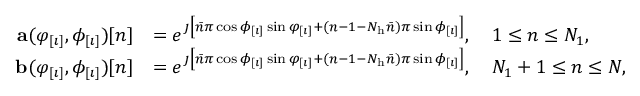
\begin{array} { r l } { \mathbf { a } ( \varphi _ { [ \imath ] } , \phi _ { [ \imath ] } ) [ n ] } & { = e ^ { \jmath \left[ \bar { n } \pi \cos \phi _ { [ \imath ] } \sin \varphi _ { [ \imath ] } + ( n - 1 - N _ { \mathrm { h } } \bar { n } ) \pi \sin \phi _ { [ \imath ] } \right] } , \quad 1 \leq n \leq N _ { 1 } , } \\ { \mathbf { b } ( \varphi _ { [ \imath ] } , \phi _ { [ \imath ] } ) [ n ] } & { = e ^ { \jmath \left[ \bar { n } \pi \cos \phi _ { [ \imath ] } \sin \varphi _ { [ \imath ] } + ( n - 1 - N _ { \mathrm { h } } \bar { n } ) \pi \sin \phi _ { [ \imath ] } \right] } , \quad N _ { 1 } + 1 \leq n \leq N , } \end{array}